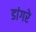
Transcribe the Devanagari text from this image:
डांगरे